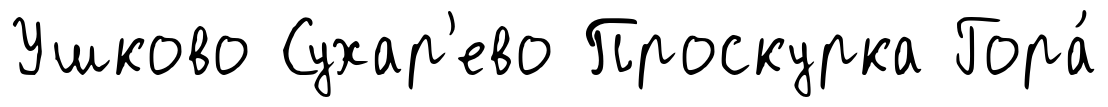
Ушково Сухар'ево Проскурка Гора́